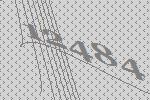
12484